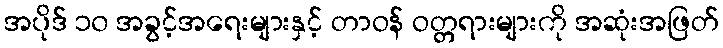
အပိုဒ် ၁၀ အခွင့်အရေးများနှင့် တာဝန် ဝတ္တရားများကို အဆုံးအဖြတ်